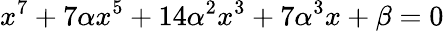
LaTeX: x^{7}+7\alpha x^{5}+14\alpha^{2}x^{3}+7\alpha^{3}x+\beta=0